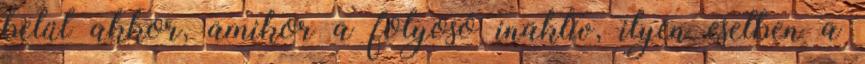
belül akkor, amikor a folyosó inaktív, ilyen esetben a